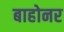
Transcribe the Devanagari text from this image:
बाहोनर